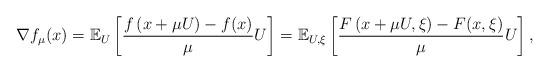
LaTeX: \begin{align*} \nabla f_{\mu}(x) = \mathbb{E}_U\left[\frac{f\left(x+\mu U\right) - f(x) }{\mu} U \right] = \mathbb{E}_{U, \xi}\left[\frac{F\left(x+\mu U,\xi\right)-F(x,\xi)}{\mu} U\right],\end{align*}